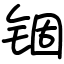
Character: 锢